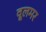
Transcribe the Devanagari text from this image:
वूलमर